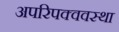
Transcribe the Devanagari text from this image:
अपरिपक्ववस्था